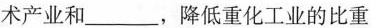
术产业和___，降低重化工业的比重